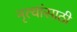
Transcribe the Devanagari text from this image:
नृत्यांसाठी